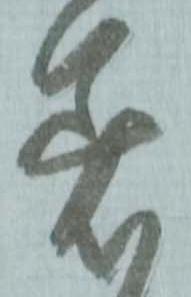
着